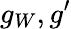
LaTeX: g_{W},g^{\prime}